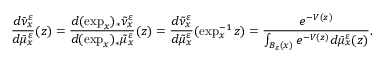
\frac { d \bar { \nu } _ { x } ^ { \varepsilon } } { d \bar { \mu } _ { x } ^ { \varepsilon } } ( z ) = \frac { d ( \exp _ { x } ) _ { * } \tilde { \nu } _ { x } ^ { \varepsilon } } { d ( \exp _ { x } ) _ { * } \tilde { \mu } _ { x } ^ { \varepsilon } } ( z ) = \frac { d \tilde { \nu } _ { x } ^ { \varepsilon } } { d \tilde { \mu } _ { x } ^ { \varepsilon } } ( \exp _ { x } ^ { - 1 } z ) = \frac { e ^ { - V ( z ) } } { \int _ { B _ { \varepsilon } ( x ) } e ^ { - V ( z ) } d \bar { \mu } _ { x } ^ { \varepsilon } ( z ) } .